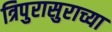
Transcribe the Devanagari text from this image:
त्रिपुरासुराच्या